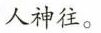
人神往。